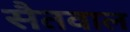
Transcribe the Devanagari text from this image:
सैतवाल